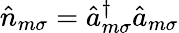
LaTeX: \hat{n}_{m\sigma}=\hat{a}_{m\sigma}^{\dagger}\hat{a}_{m\sigma}